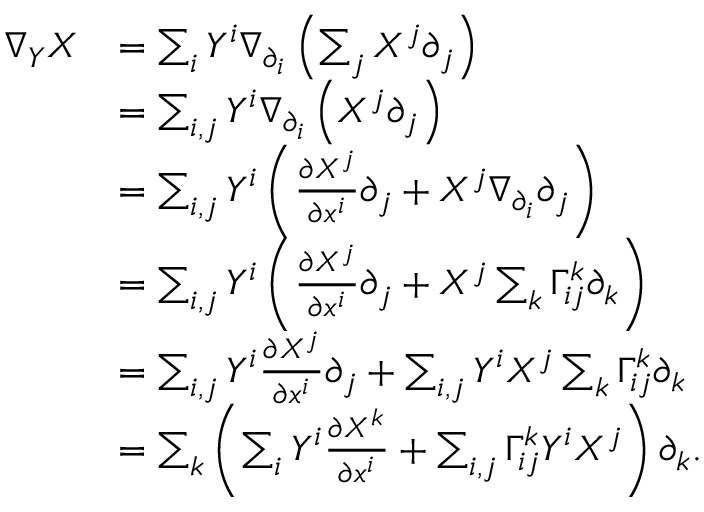
\begin{array} { r l } { \nabla _ { Y } X } & { = \sum _ { i } Y ^ { i } \nabla _ { \partial _ { i } } \left( \sum _ { j } X ^ { j } \partial _ { j } \right) } \\ & { = \sum _ { i , j } Y ^ { i } \nabla _ { \partial _ { i } } \left( X ^ { j } \partial _ { j } \right) } \\ & { = \sum _ { i , j } Y ^ { i } \left( \frac { \partial X ^ { j } } { \partial x ^ { i } } \partial _ { j } + X ^ { j } \nabla _ { \partial _ { i } } \partial _ { j } \right) } \\ & { = \sum _ { i , j } Y ^ { i } \left( \frac { \partial X ^ { j } } { \partial x ^ { i } } \partial _ { j } + X ^ { j } \sum _ { k } \Gamma _ { i j } ^ { k } \partial _ { k } \right) } \\ & { = \sum _ { i , j } Y ^ { i } \frac { \partial X ^ { j } } { \partial x ^ { i } } \partial _ { j } + \sum _ { i , j } Y ^ { i } X ^ { j } \sum _ { k } \Gamma _ { i j } ^ { k } \partial _ { k } } \\ & { = \sum _ { k } \left( \sum _ { i } Y ^ { i } \frac { \partial X ^ { k } } { \partial x ^ { i } } + \sum _ { i , j } \Gamma _ { i j } ^ { k } Y ^ { i } X ^ { j } \right) \partial _ { k } . } \end{array}